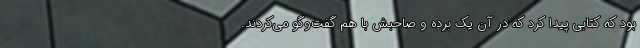
بود که کتابی پیدا کرد که در آن یک برده و صاحبش با هم گفت‌وگو می‌کردند.